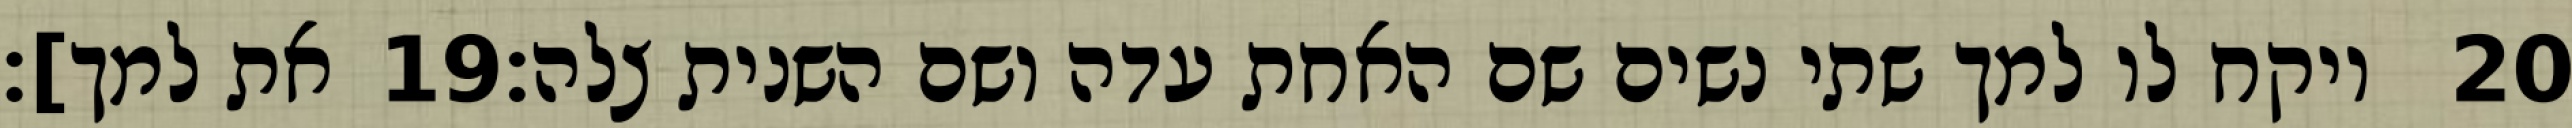
את למך]׃ ‎19‏ ויקח לו למך שתי נשים שם האחת עדה ושם השנית צלה׃ ‎20‏